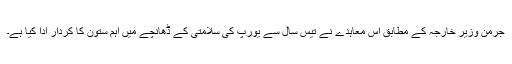
جرمن وزیر خارجہ کے مطابق اس معاہدے نے تیس سال سے یورپ کی سلامتی کے ڈھانچے میں اہم ستون کا کردار ادا کیا ہے۔